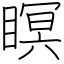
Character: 瞑